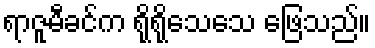
ရာဇူမီခင်က ရိုရိုသေသေ ဖြေသည်။